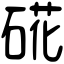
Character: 硴